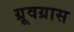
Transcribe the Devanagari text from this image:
ग्रूवग्रास